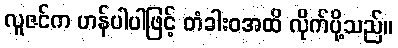
လူဇင်က ဟန်ပါပါဖြင့် တံခါးဝအထိ လိုက်ပို့သည်။